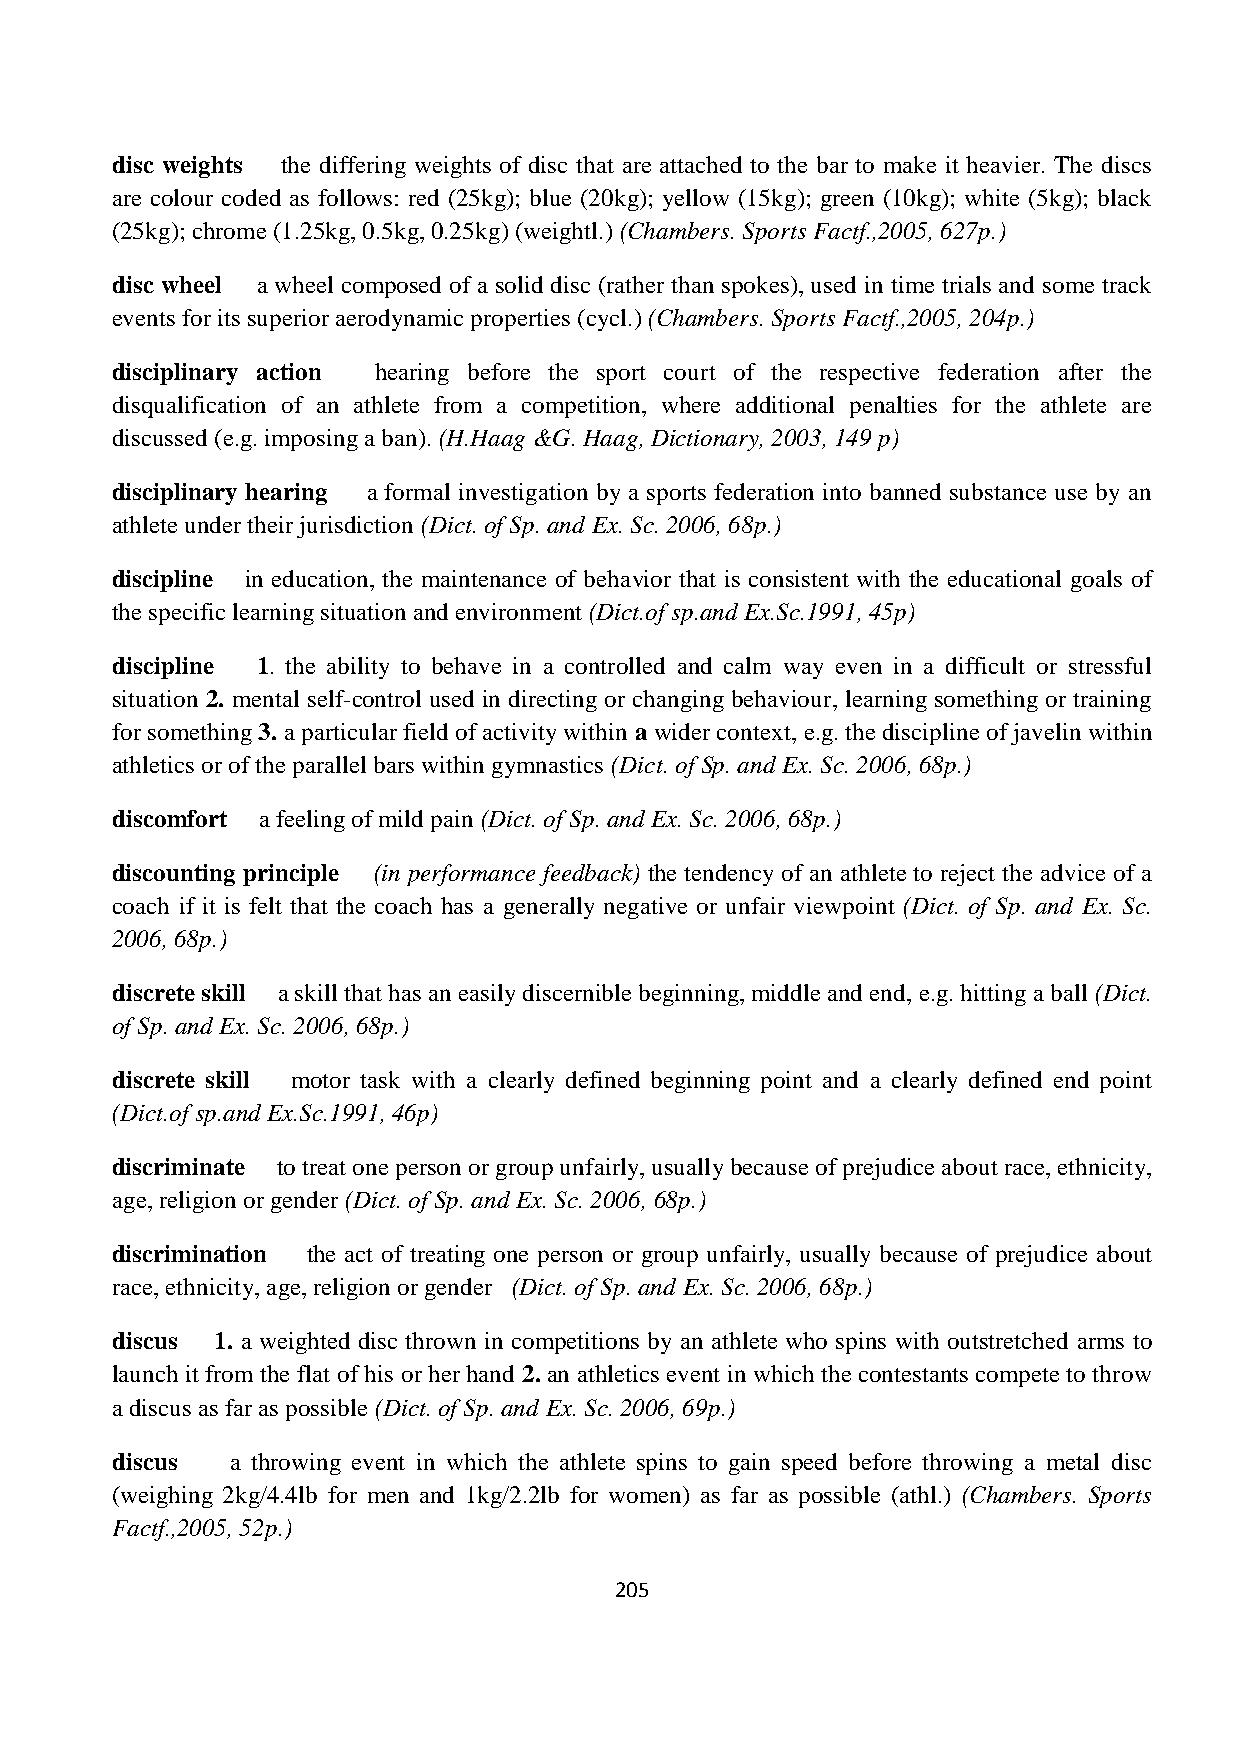
disc weights the differing weights of disc that are attached to the bar to make it heavier. The discs
 are colour coded as follows: red (25kg); blue (20kg); yellow (15kg); green (10kg); white (5kg); black
 (25kg); chrome (1.25kg, 0.5kg, 0.25kg) (weightl.) (Chambers. Sports Factf.,2005, 627p.)
 disc wheel a wheel composed of a solid disc (rather than spokes), used in time trials and some track
 events for its superior aerodynamic properties (cycl.) (Chambers. Sports Factf.,2005, 204p.)
 disciplinary action hearing before the sport court of the respective federation after the
 disqualification of an athlete from a competition, where additional penalties for the athlete are
 discussed (e.g. imposing a ban). (H.Haag &G. Haag, Dictionary, 2003, 149 p)
 disciplinary hearing a formal investigation by a sports federation into banned substance use by an
 athlete under their jurisdiction (Dict. of Sp. and Ex. Sc. 2006, 68p.)
 discipline in education, the maintenance of behavior that is consistent with the educational goals of
 the specific learning situation and environment (Dict.of sp.and Ex.Sc.1991, 45p)
 discipline 1. the ability to behave in a controlled and calm way even in a difficult or stressful
 situation 2. mental self-control used in directing or changing behaviour, learning something or training
 for something 3. a particular field of activity within a wider context, e.g. the discipline of javelin within
 athletics or of the parallel bars within gymnastics (Dict. of Sp. and Ex. Sc. 2006, 68p.)
 discomfort a feeling of mild pain (Dict. of Sp. and Ex. Sc. 2006, 68p.)
 discounting principle (in performance feedback) the tendency of an athlete to reject the advice of a
 coach if it is felt that the coach has a generally negative or unfair viewpoint (Dict. of Sp. and Ex. Sc.
 2006, 68p.)
 discrete skill a skill that has an easily discernible beginning, middle and end, e.g. hitting a ball (Dict.
 of Sp. and Ex. Sc. 2006, 68p.)
 discrete skill motor task with a clearly defined beginning point and a clearly defined end point
 (Dict.of sp.and Ex.Sc.1991, 46p)
 discriminate to treat one person or group unfairly, usually because of prejudice about race, ethnicity,
 age, religion or gender (Dict. of Sp. and Ex. Sc. 2006, 68p.)
 discrimination the act of treating one person or group unfairly, usually because of prejudice about
 race, ethnicity, age, religion or gender (Dict. of Sp. and Ex. Sc. 2006, 68p.)
 discus 1. a weighted disc thrown in competitions by an athlete who spins with outstretched arms to
 launch it from the flat of his or her hand 2. an athletics event in which the contestants compete to throw
 a discus as far as possible (Dict. of Sp. and Ex. Sc. 2006, 69p.)
 discus  a throwing event in which the athlete spins to gain speed before throwing a metal disc
 (weighing 2kg/4.4lb for men and 1kg/2.2lb for women) as far as possible (athl.) (Chambers. Sports
 Factf.,2005, 52p.)
 205